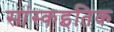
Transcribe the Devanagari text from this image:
सांस्कइतिक